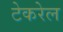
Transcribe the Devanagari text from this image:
टेकरेल